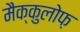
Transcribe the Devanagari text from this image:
मैक्कुलोफ़